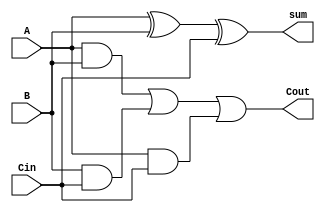
`timescale 1ns / 1ps
//////////////////////////////////////////////////////////////////////////////////
// Company: 
// Engineer: 
// 
// Design Name: 
// Module Name:    adder_1B 
// Project Name: 
// Target Devices: 
// Tool versions: 
// Description: 
//
// Dependencies: 
//
// Revision: 
// Revision 0.01 - File Created
// Additional Comments: 
//
//////////////////////////////////////////////////////////////////////////////////

// 1-bit Full Adder 
module adder_1B(sum, Cout, A, B, Cin);
	// Input Ports
	input A, B, Cin;	
	
	// Output Ports
	output sum, Cout;
	
	// Assign statements
	assign sum  = (A ^ B) ^ Cin;
	assign Cout = (A & B) | (B & Cin) | (A & Cin);

endmodule